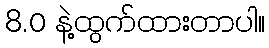
8.0 နဲ့ထွက်ထားတာပါ။